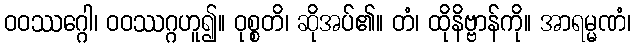
ဝဝဿဂ္ဂေါ၊ ဝဝဿဂ္ဂဟူ၍။ ဝုစ္စတိ၊ ဆိုအပ်၏။ တံ၊ ထိုနိဗ္ဗာန်ကို။ အာရမ္မဏံ၊